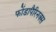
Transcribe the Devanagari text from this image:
फोंडापैरिनक्स